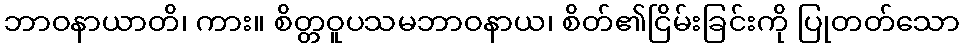
ဘာဝနာယာတိ၊ ကား။ စိတ္တဝူပသမဘာဝနာယ၊ စိတ်၏ငြိမ်းခြင်းကို ပြုတတ်သော